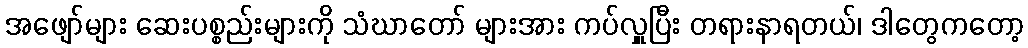
အဖျော်များ ဆေးပစ္စည်းများကို သံဃာတော် များအား ကပ်လှူပြီး တရားနာရတယ်၊ ဒါတွေကတော့